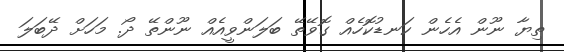
ތިޔާ ނޫން އެހެން ކަނޑުކޮހެއް ގޮވޭތޭ ބަލަންވީއެއް ނޫންތޭ ދޯ. މަހަށް ދޭބަލަ